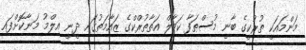
މަންމައަކީ ތުރުކީގެ ބާނީ މުސްޠަފާ ކަމާލް އަތާތުރްކްގެ ޒައާމަތުގައި ދީނީ އިލްމު މަނާކޮށްފައި